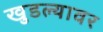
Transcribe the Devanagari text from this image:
खुडल्यावर